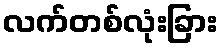
လက်တစ်လုံးခြား